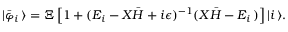
| { \bar { \varphi } } _ { i } \, \rangle = \Xi \left[ 1 + ( E _ { i } - { \cal X } { \bar { H } } + i \epsilon ) ^ { - 1 } ( { \cal X } { \bar { H } } - E _ { i } \, ) \right] | i \, \rangle .